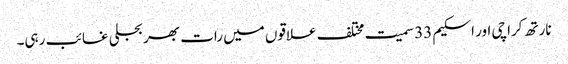
نارتھ کراچی اور اسکیم 33 سمیت مختلف علاقوں میں رات بھر بجلی غائب رہی۔